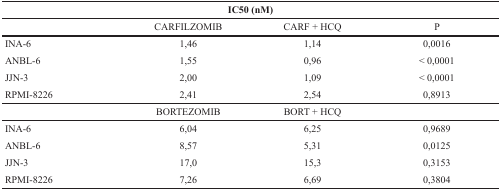
<table><thead><tr><td colspan="4"><b>IC50 (nM)</b></td></tr></thead><tbody><tr><td></td><td>CARFILZOMIB</td><td>CARF + HCQ</td><td>P</td></tr><tr><td>INA-6</td><td>1,46</td><td>1,14</td><td>0,0016</td></tr><tr><td>ANBL-6</td><td>1,55</td><td>0,96</td><td>&lt; 0,0001</td></tr><tr><td>JJN-3</td><td>2,00</td><td>1,09</td><td>&lt; 0,0001</td></tr><tr><td>RPMI-8226</td><td>2,41</td><td>2,54</td><td>0,8913</td></tr><tr><td></td><td>BORTEZOMIB</td><td>BORT + HCQ</td><td></td></tr><tr><td>INA-6</td><td>6,04</td><td>6,25</td><td>0,9689</td></tr><tr><td>ANBL-6</td><td>8,57</td><td>5,31</td><td>0,0125</td></tr><tr><td>JJN-3</td><td>17,0</td><td>15,3</td><td>0,3153</td></tr><tr><td>RPMI-8226</td><td>7,26</td><td>6,69</td><td>0,3804</td></tr></tbody></table>